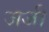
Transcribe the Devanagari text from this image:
जजी